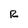
Character: R